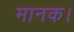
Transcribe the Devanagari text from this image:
मानक।